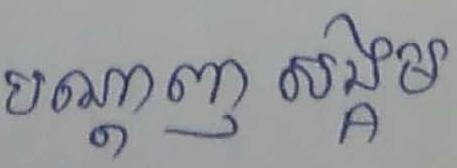
បញ្ដាញ សង្គម